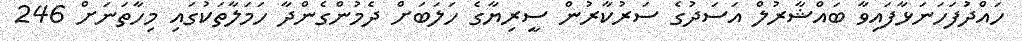
ހައްދުަފަހަނަޅާފައިވާ ބައްޝާރުލް އަސަދުގެ ސަރުކާރުން ސީރިޔާގެ ހަލަބަށް ދެމުންގެންދާ ހަމަލާތަކުގައި މިހާތަނަށް 246